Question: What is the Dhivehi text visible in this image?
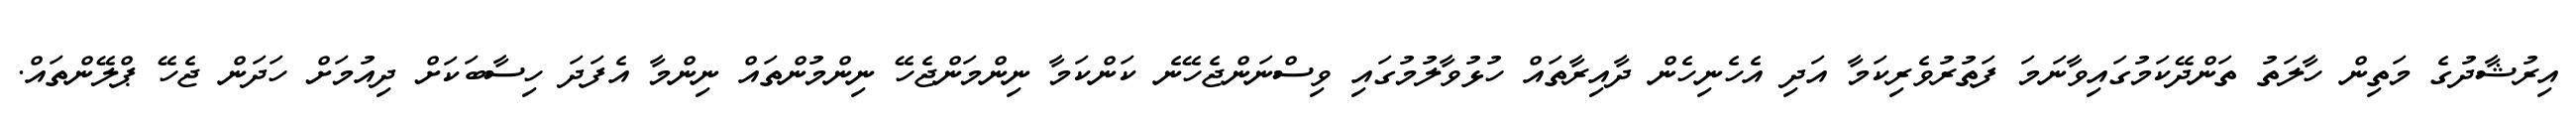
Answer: އިރުޝާދުގެ މަތިން ހާލަތު ތަންދޭކަމުގައިވާނަމަ ފަތުރުވެރިކަމާ އަދި އެހެނިހެން ދާއިރާތައް ހުޅުވާލުމުގައި ވިސްނަންޖެހޭނެ ކަންކަމާ ނިންމަންޖެހޭ ނިންމުންތައް ނިންމާ އެފަދަ ހިސާބަކަށް ދިއުމަށް ހަދަން ޖެހޭ ޕްލޭންތައް.